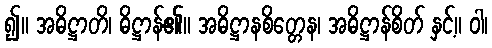
၍။ အဓိဋ္ဌာတိ၊ ဓိဋ္ဌာန်၏။ အဓိဋ္ဌာနစိတ္တေန၊ အဓိဋ္ဌာန်စိတ် နှင့်။ ဝါ၊